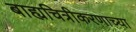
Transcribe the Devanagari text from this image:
बाह्यचित्रीकरणाच्या